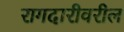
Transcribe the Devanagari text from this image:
रागदारीवरील